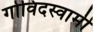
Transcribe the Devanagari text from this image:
गोविदस्वामी